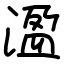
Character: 溋